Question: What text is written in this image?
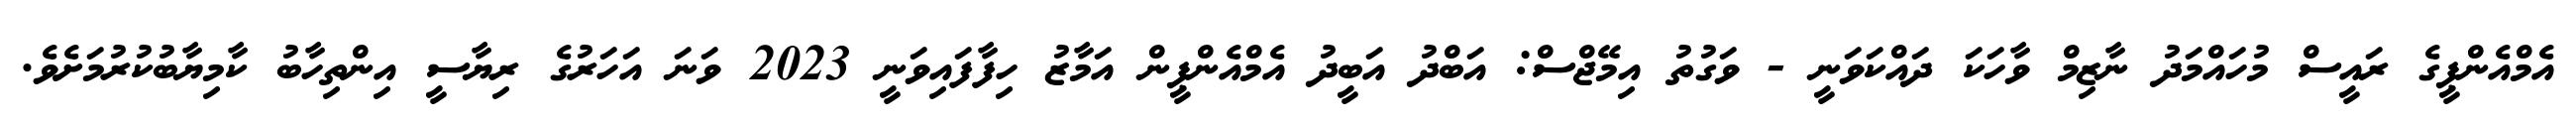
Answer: އެމްއެންޕީގެ ރައީސް މުހައްމަދު ނާޒިމް ވާހަކަ ދައްކަވަނީ - ވަގުތު އިމޭޖްސް: އަބްދު އަބީދު އެމްއެންޕީން އަމާޒު ހިފާފައިވަނީ 2023 ވަނަ އަހަރުގެ ރިޔާސީ އިންތިހާބު ކާމިޔާބުކުރުމަށެވެ.